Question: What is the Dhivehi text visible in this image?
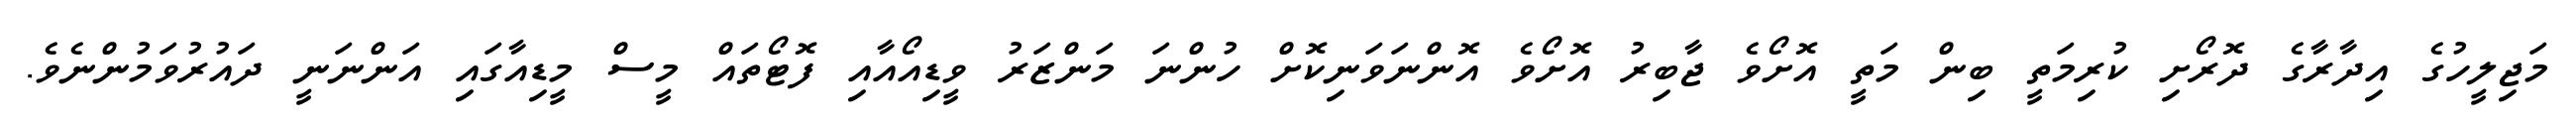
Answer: މަޖިލީހުގެ އިދާރާގެ ދޮރޯށި ކުރިމަތީ ބިން މަތީ އޮށޯވެ ޖާބިރު އޮށޯވެ އޮންނަވަނިކޮށް ހުންނަ މަންޒަރު ވީޑިއޯއާއި ފޮޓޯތައް މީސް މީޑިއާގައި އަންނަނީ ދައުރުވަމުންނެވެ.